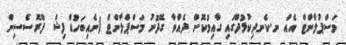
މަސްޕުލާންޓް އެއް ނ.ކެނދިކުޅުދޫގައި ގާއިމުކޮށް ދެއްވާ ގޭދޮށު މަސްޕްލާންޓް )ނެއިބަހުޑް ފިޝް ފްރޮސެސިން